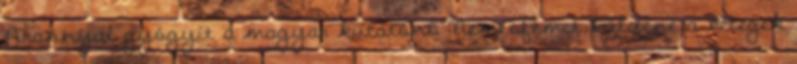
Arannyal gyógyít a magyar kutatónő Nemesfémet küldene a betegek